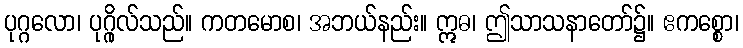
ပုဂ္ဂလော၊ ပုဂ္ဂိုလ်သည်။ ကတမောစ၊ အဘယ်နည်း။ ဣဓ၊ ဤသာသနာတော်၌။ ဧကစ္စော၊